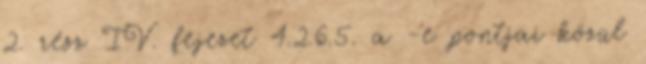
2. rész IV. fejezet 4.2.6.5. a -e pontjai közül